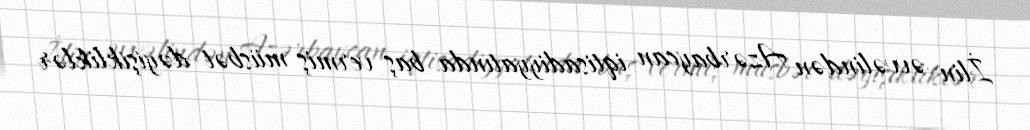
İlin əvvəlindən Azərbaycan iqtisadiyyatında baş vermiş müsbət dəyişikliklər